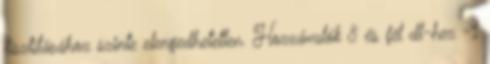
tisztításához szinte elengedhetetlen. Hozzávalók 8 és fél dl-hez -1